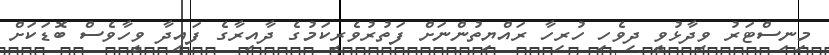
މިިނިސްޓަރު ވިދާޅުވީ ދިވެހި ހުރިހާ ރައްޔިތުންނަށް ފަތުރުވެރިކަމުގެ ދާއިރާގެ ފައިދާ ވީހާވެސް ބޮޑަކަށް